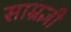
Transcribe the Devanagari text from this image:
साम्रज्ञी